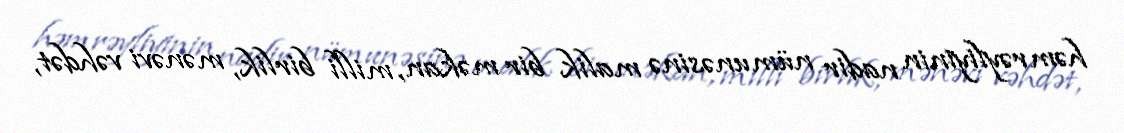
həmrəyliyinin nadir nümunəsinə malik bir məkan, milli birlik, mənəvi vəhdət,